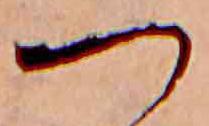
つ